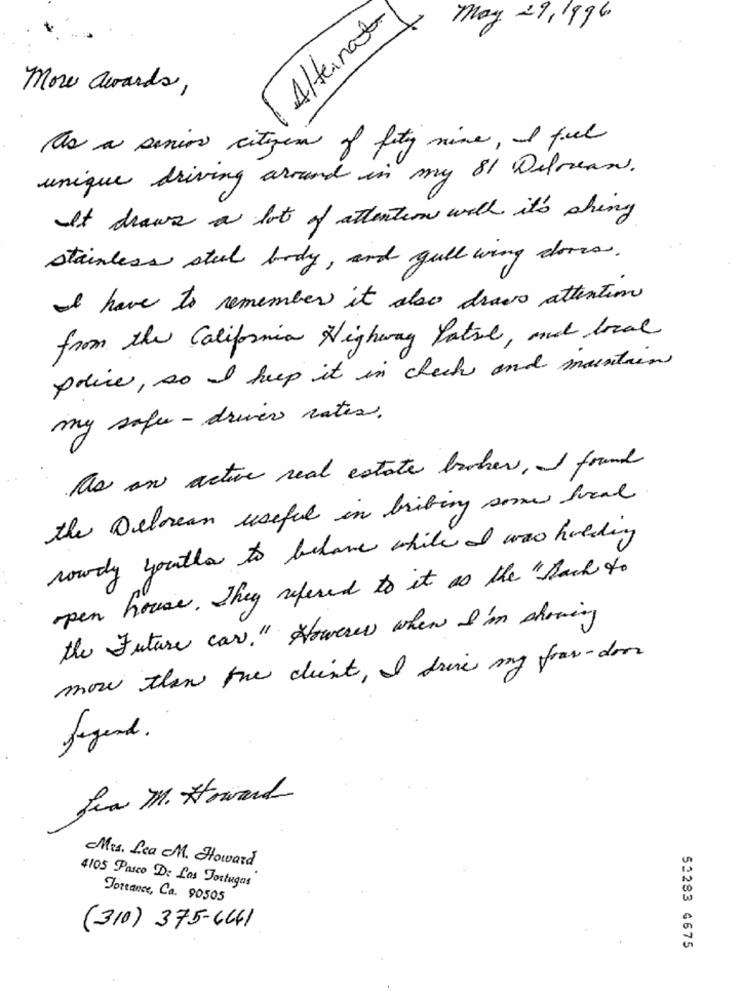
Alternate
may 29,1996
more awards,
tas a senior citizen of fity nine, I feel
unique driving around in my 81 Delorean.
It draws a lot of attention will it's shing
stainless steel body, and gull wing doors .
I have to remember it also draw attention
from the California Highway Patrol, and local
police, so I keep it in checks and mountain
my safe- driver rates.
As an active real estate broker, I found
the Delorean useful in bribing some local
soudy you'lla to behave while I was holding
open house . They refered to it as the "Back to
the Future cars." However when I'm showing
more then the client, I drive my fraw-don
Legend .
fin M. Howard
Mrs. Lea M. Howard
4105 Pasco De Las Tortugas
Jotrance, Ca. 90505
(310) 375-6641
53283 4675